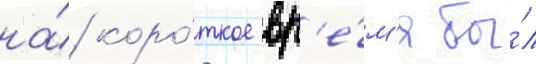
на́ коро́ткое вр'е́м'я бы́л